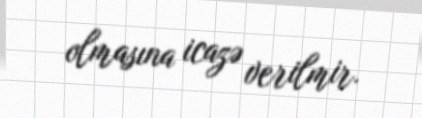
olmasına icazə verilmir.